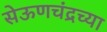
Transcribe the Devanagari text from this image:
सेऊणचंद्रच्या